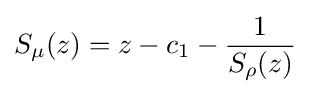
S_{\mu }(z)=z-c_{1}-{\frac {1}{S_{\rho }(z)}}